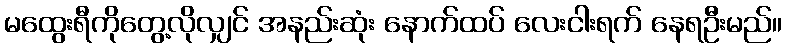
မထွေးရီကိုတွေ့လိုလျှင် အနည်းဆုံး နောက်ထပ် လေးငါးရက် နေရဦးမည်။